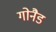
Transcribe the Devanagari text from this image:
गोनैड